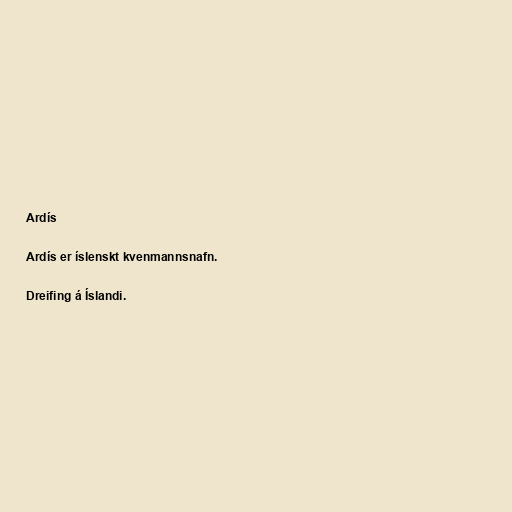
Ardís

Ardís er íslenskt kvenmannsnafn.

Dreifing á Íslandi.